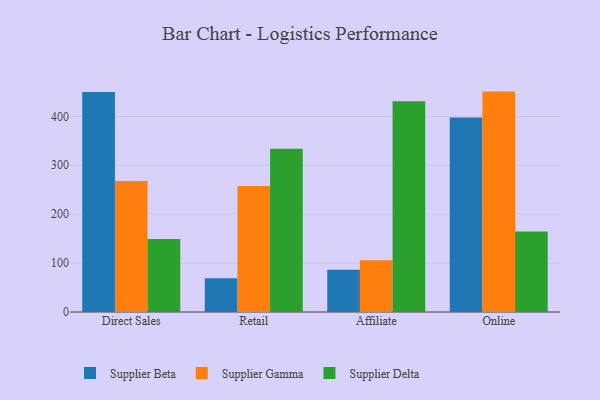
{"axis": {"x": "Channel", "y": "Energy Usage (MWh)"}, "legend": ["Supplier Beta", "Supplier Delta", "Supplier Gamma"], "data": [{"x": "Direct Sales", "y": 450.1, "type": "Supplier Beta"}, {"x": "Direct Sales", "y": 268.0, "type": "Supplier Gamma"}, {"x": "Direct Sales", "y": 149.3, "type": "Supplier Delta"}, {"x": "Retail", "y": 68.8, "type": "Supplier Beta"}, {"x": "Retail", "y": 257.5, "type": "Supplier Gamma"}, {"x": "Retail", "y": 333.9, "type": "Supplier Delta"}, {"x": "Affiliate", "y": 86.3, "type": "Supplier Beta"}, {"x": "Affiliate", "y": 105.8, "type": "Supplier Gamma"}, {"x": "Affiliate", "y": 431.1, "type": "Supplier Delta"}, {"x": "Online", "y": 397.6, "type": "Supplier Beta"}, {"x": "Online", "y": 450.7, "type": "Supplier Gamma"}, {"x": "Online", "y": 164.6, "type": "Supplier Delta"}]}